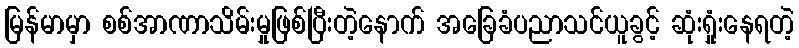
မြန်မာမှာ စစ်အာဏာသိမ်းမှုဖြစ်ပြီးတဲ့နောက် အခြေခံပညာသင်ယူခွင့် ဆုံးရှုံးနေရတဲ့